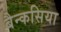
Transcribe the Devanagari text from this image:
बैन्कसिया